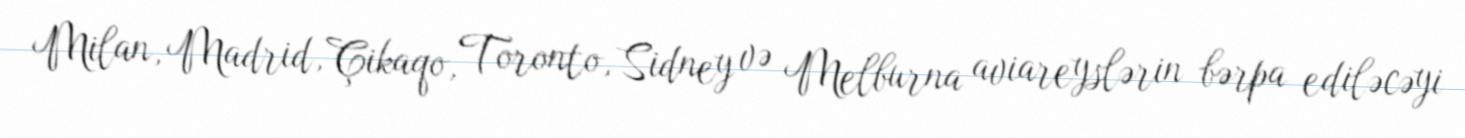
Milan, Madrid, Çikaqo, Toronto, Sidney və Melburna aviareyslərin bərpa ediləcəyi